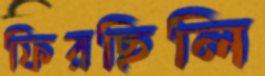
ফিরছিলি